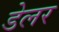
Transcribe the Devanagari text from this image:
डेलर